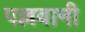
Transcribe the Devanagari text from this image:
पल्लवानी